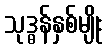
သုဒ္ဓန်နှစ်မျိုး